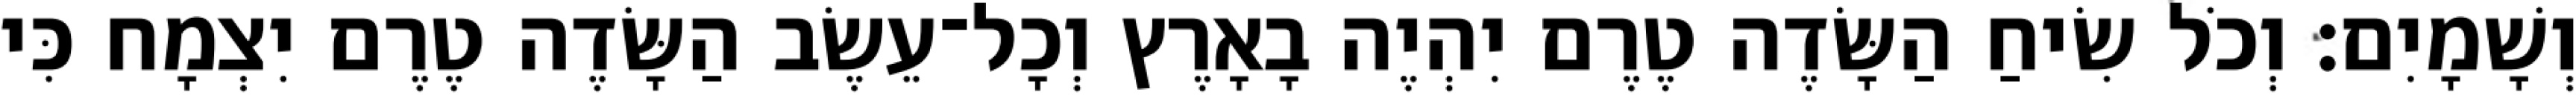
וְשָׁמָיִם׃ וְכֹל שִׂיחַ הַשָּׂדֶה טֶרֶם יִהְיֶה בָאָרֶץ וְכָל־עֵשֶׂב הַשָּׂדֶה טֶרֶם יִצְמָח כִּי